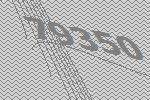
79350